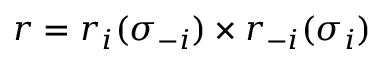
r = r _ { i } ( \sigma _ { - i } ) \times r _ { - i } ( \sigma _ { i } )